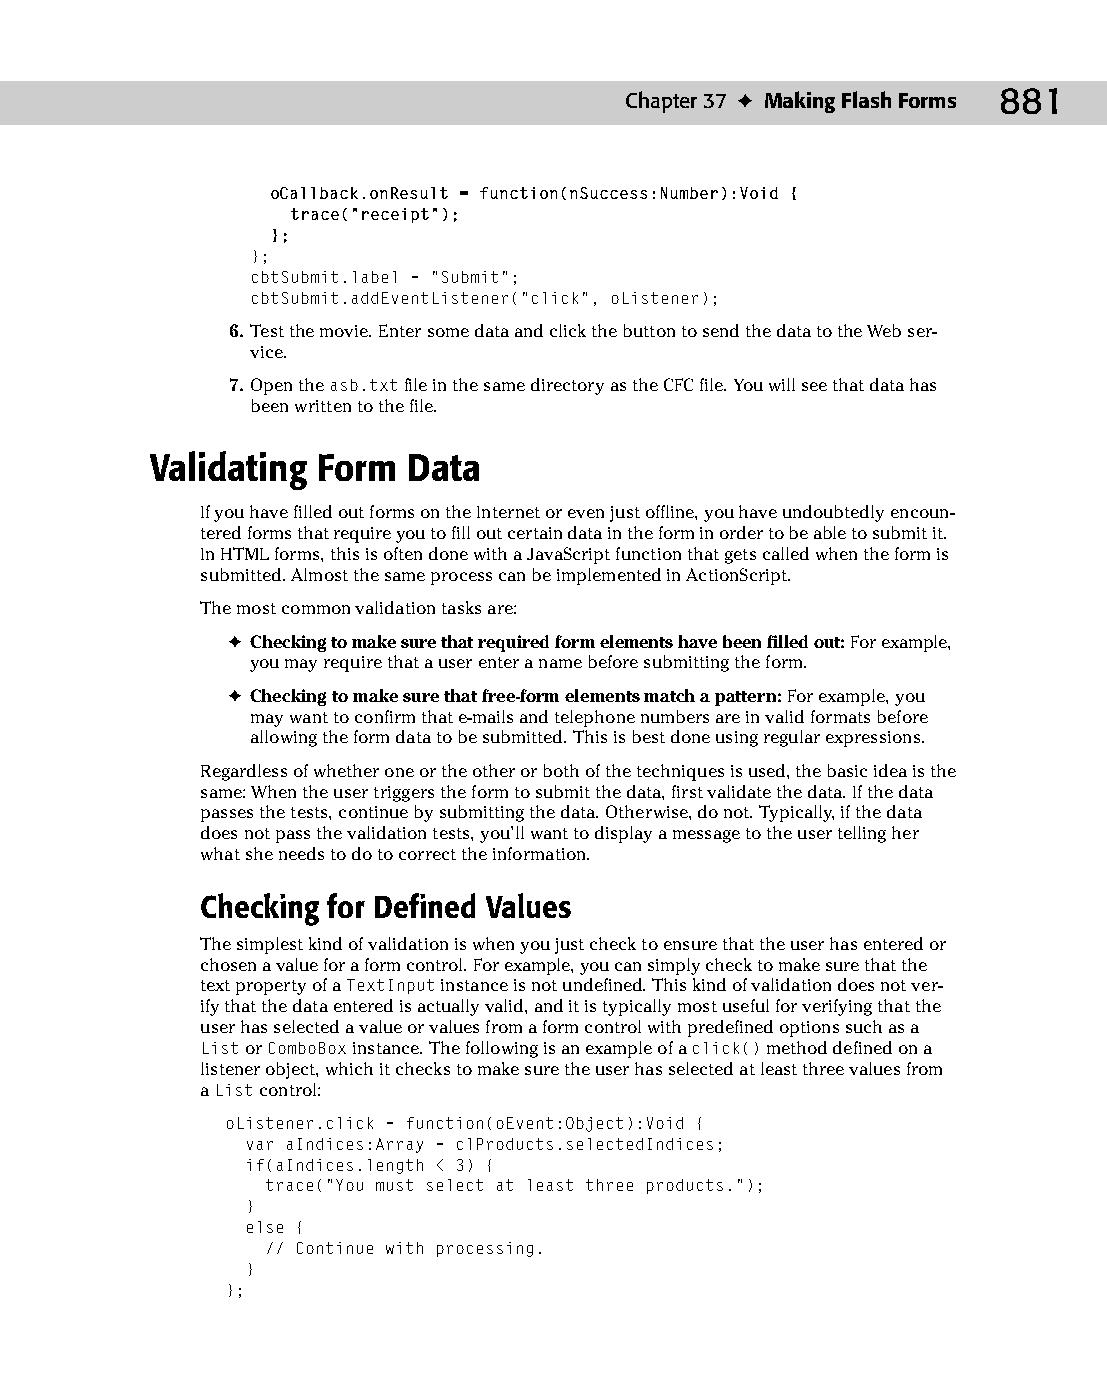
48 543547 ch37.qxd 3/24/04 4:15 PM Page 881
 Chapter 37 ✦ Making Flash Forms 881
 oCallback.onResult = function(nSuccess:Number):Void {
 trace(“receipt”);
 };
 };
 cbtSubmit.label = “Submit”;
 cbtSubmit.addEventListener(“click”, oListener);
 6. Test the movie. Enter some data and click the button to send the data to the Web ser­
 vice.
 7. Open the asb.txt file in the same directory as the CFC file. You will see that data has
 been written to the file.
 Validating Form  Data
 If you have filled out forms on the Internet or even just offline, you have undoubtedly encoun­
 tered forms that require you to fill out certain data in the form in order to be able to submit it.
 In HTML forms, this is often done with a JavaScript function that gets called when the form is
 submitted. Almost the same process can be implemented in ActionScript.
 The most common validation tasks are:
 ✦ Checking to make sure that required form elements have been filled out: For example,
 you may require that a user enter a name before submitting the form.
 ✦ Checking to make sure that free-form elements match a pattern: For example, you
 may want to confirm that e-mails and telephone numbers are in valid formats before
 allowing the form data to be submitted. This is best done using regular expressions.
 Regardless of whether one or the other or both of the techniques is used, the basic idea is the
 same: When the user triggers the form to submit the data, first validate the data. If the data
 passes the tests, continue by submitting the data. Otherwise, do not. Typically, if the data
 does not pass the validation tests, you’ll want to display a message to the user telling her
 what she needs to do to correct the information.
 Checking for Defined Values
 The simplest kind of validation is when you just check to ensure that the user has entered or
 chosen a value for a form control. For example, you can simply check to make sure that the
 text property of a TextInput instance is not undefined. This kind of validation does not ver­
 ify that the data entered is actually valid, and it is typically most useful for verifying that the
 user has selected a value or values from a form control with predefined options such as a
 List or ComboBox instance. The following is an example of a click() method defined on a
 listener object, which it checks to make sure the user has selected at least three values from
 a List control:
 oListener.click = function(oEvent:Object):Void {
 var aIndices:Array = clProducts.selectedIndices;
 if(aIndices.length < 3) {
 trace(“You must select at least three products.”);
 }
 else {
 // Continue with processing.
 }
 };